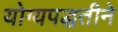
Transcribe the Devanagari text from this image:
योग्यपद्धतीने